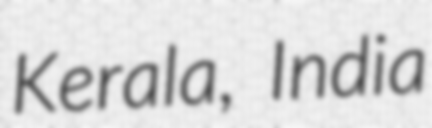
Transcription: Kerala, India